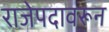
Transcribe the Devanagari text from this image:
राजेपदावरून